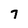
Character: 7